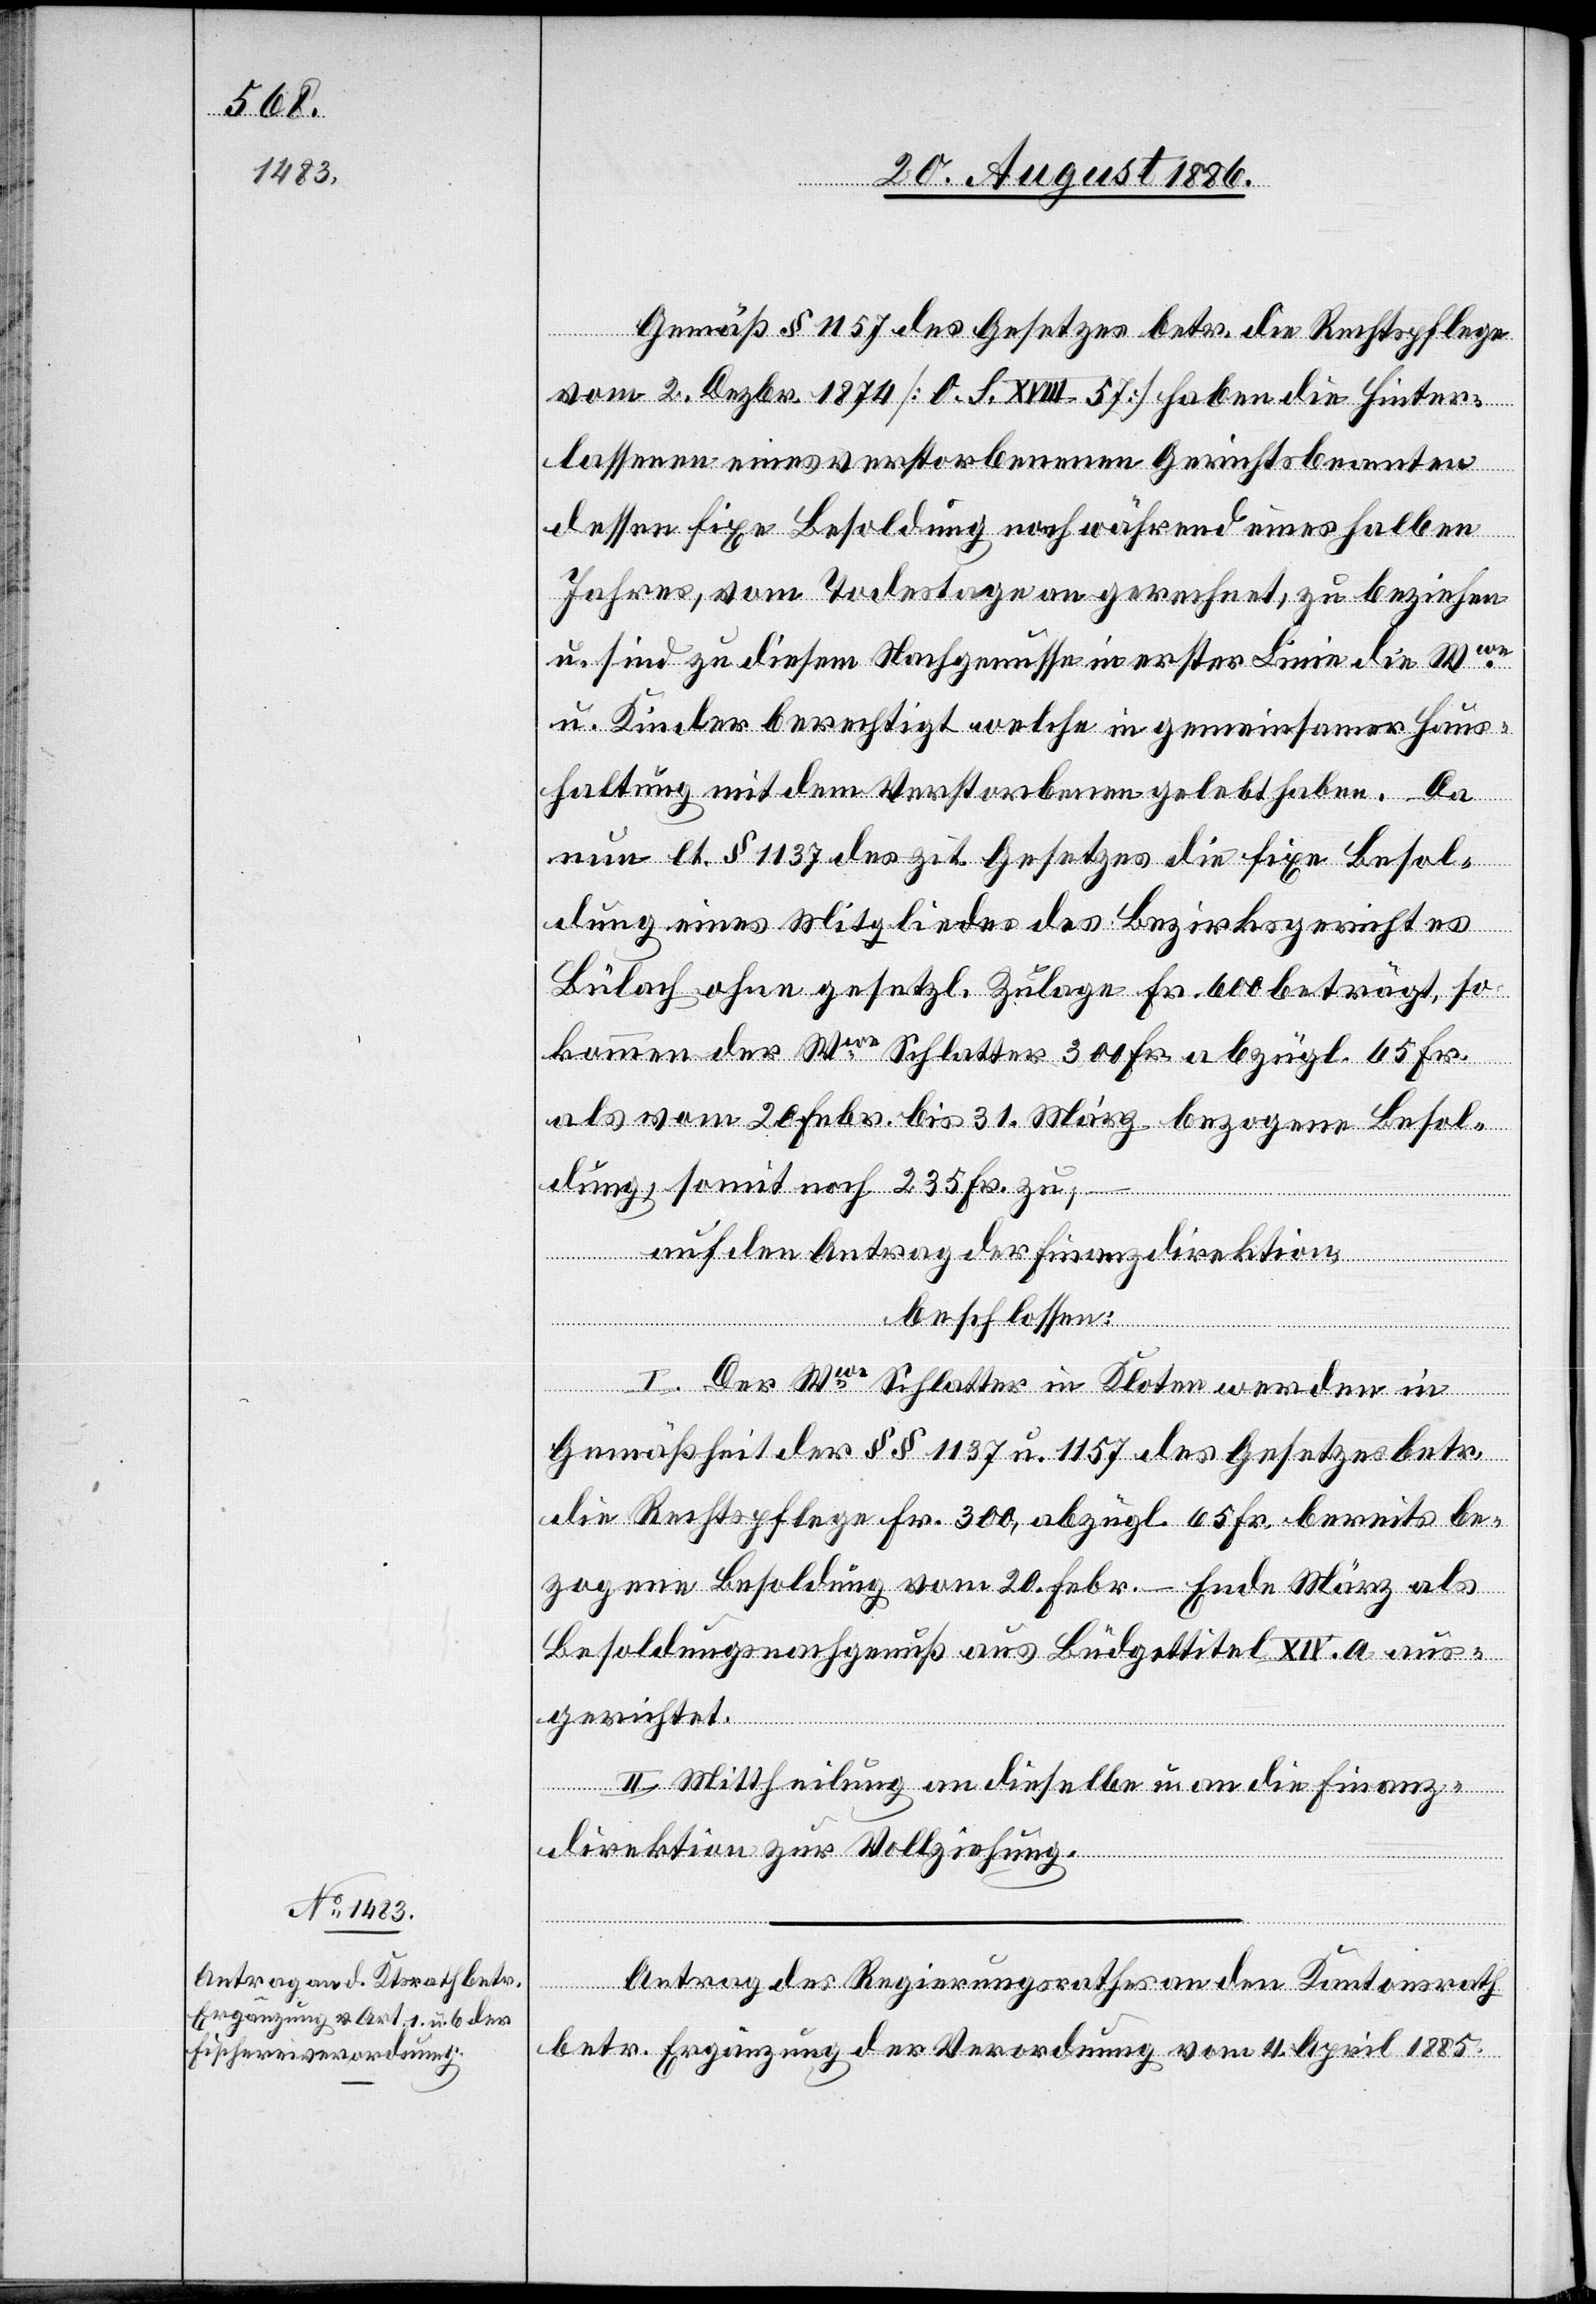
Gemäß § 1157 des Gesetzes betr. die Rechtspflege
vom 2. Dezbr. [O. S. XVIII. 57] haben die Hinter¬
lassenen eines verstorbenen Gerichtsbeamten
dessen fixe Besoldung noch während eines halben
Jahres, vom Todestag an gerechnet, zu beziehen
u. sind zu diesem Nachgenusse in erster Linie die Wwe
u. Kinder berechtigt welche in gemeinsamer Haus¬
haltung mit dem Verstorbenen gelebt haben. Da
nun lt. § 1137 des zit. Gesetzes die fixe Besol¬
dung eines Mitgliedes des Bezirksgerichtes
Bülach ohne gesetzl. Zulage Fr. 600 beträgt, so
kommen der Wwe Schlatter 300 Fr. abzügl. 65 Fr.
als vom 20. Febr. bis 31. März bezogene Besol¬
dung, somit noch 235 Fr. zu,
auf den Antrag der Finanzdirektion,
beschlossen:
I. Der Wwe Schlatter in Kloten werden in
Gemäßheit der §§ 1137 u. 1157 des Gesetzes betr.
die Rechtspflege Fr. 300, abzügl. 65 Fr. bereits be¬
zogene Besoldung vom 20. Febr. – Ende März als
Besoldungsnachgenuß aus Büdgettitel XIV. a aus¬
gerichtet.
II. Mittheilung an dieselbe u. an die Finanz¬
direktion zur Vollziehung.
Antrag des Regierungsrathes an den Kantonsrath
betr. Ergänzung der Verordnung vom 4. April 1885